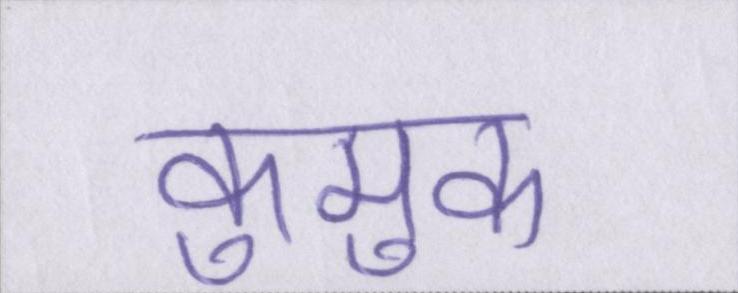
कुमुक